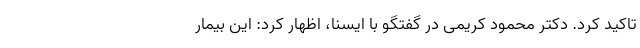
تاکید کرد. دکتر محمود کریمی در گفتگو با ایسنا، اظهار کرد: این بیمار